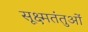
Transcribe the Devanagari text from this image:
सूक्ष्मतंतुओं